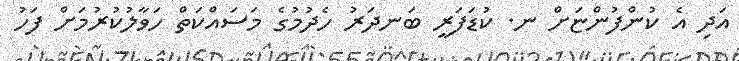
އަދި އެ ކުންފުންޏަށް ނ. ކުޑަފަރީ ބަނދަރު ހެދުމުގެ މަސައްކަތް ހަވާލުކުރުމަށް ފަހު